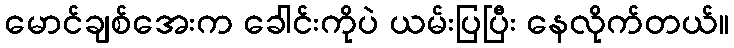
မောင်ချစ်အေးက ခေါင်းကိုပဲ ယမ်းပြပြီး နေလိုက်တယ်။